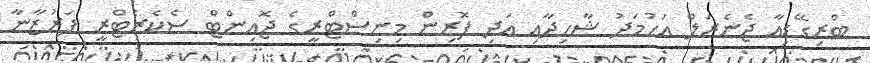
ބްރިގޭޑިއާ ޖެނެރަލް އަހުމަދު ޝާހިދާއި އަދި ފޮރިން މިނިސްޓްރީގެ ޖޮއިންޓް ސެކެރެޓްރީ ފަރުޒާނާ